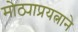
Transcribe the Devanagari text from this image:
मोठ्याप्रयत्नाने